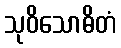
သုဝိသောဓိတံ